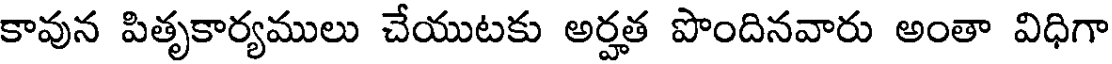
కావున పితృకార్యములు చేయుటకు అర్హత పొందినవారు అంతా విధిగా